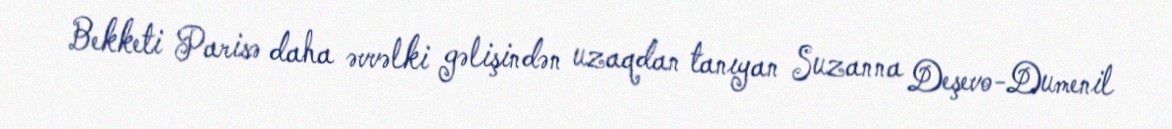
Bekketi Parisə daha əvvəlki gəlişindən uzaqdan tanıyan Suzanna Deşevo-Dumenil